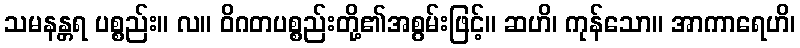
သမနန္တရ ပစ္စည်း။ လ။ ဝိဂတပစ္စည်းတို့၏အစွမ်းဖြင့်။ ဆဟိ၊ ကုန်သော။ အာကာရေဟိ၊